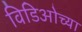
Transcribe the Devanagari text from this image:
विडिओच्या